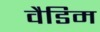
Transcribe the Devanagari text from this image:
वैडिम